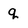
Character: q